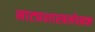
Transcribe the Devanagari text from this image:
नाट्यशास्त्रलेखक